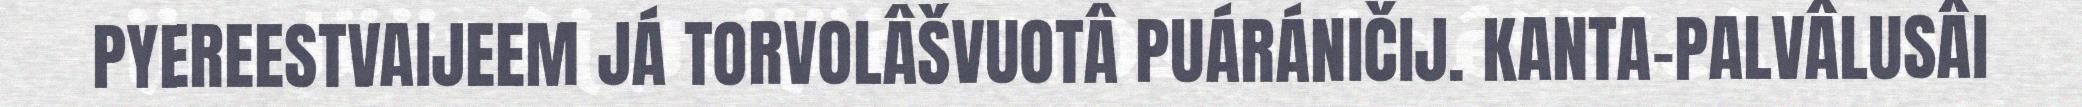
PYEREESTVAIJEEM JÁ TORVOLÂŠVUOTÂ PUÁRÁNIČIJ. KANTA-PALVÂLUSÂI